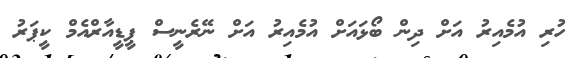
ހުރި އުމެއިރު އަށް ދިން ބޯޅައަށް އުމެއިރު އަށް ނޭރެނީސް ޕީޑީއާރްއެމް ކީޕަރު